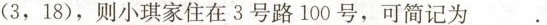
(3，18)，则小琪家住在3号路100号，可简记为。